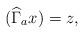
LaTeX: \begin{align*}(\widehat{\Gamma}_a x)=z,\end{align*}